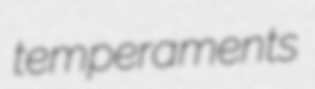
temperaments